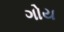
ગોય